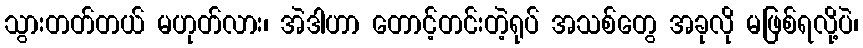
သွားတတ်တယ် မဟုတ်လား၊ အဲဒါဟာ တောင့်တင်းတဲ့ရုပ် အသစ်တွေ အခုလို မဖြစ်ရလို့ပဲ၊